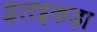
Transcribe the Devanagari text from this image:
इतइकड़ा